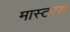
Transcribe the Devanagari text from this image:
मास्टरस